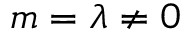
m = \lambda \neq 0